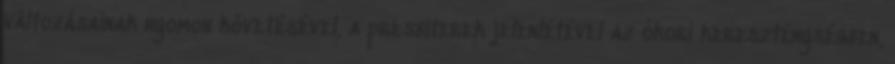
változásainak nyomon követésével, a presbiterek jelenlétével az ókori kereszténységben,